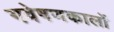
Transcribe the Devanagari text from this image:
गवेषणकालों